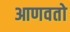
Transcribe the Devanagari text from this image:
आणवतो